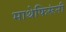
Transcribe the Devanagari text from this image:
माथेफिरूंनी